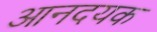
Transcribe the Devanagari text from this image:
आनदयक